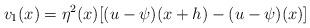
LaTeX: \begin{align*}v_{1}(x)= \eta^{2}(x) [(u-\psi)(x+h)-(u-\psi)(x)] \end{align*}